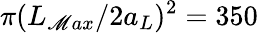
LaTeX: \pi(L_{\mathscr{M}ax}/2a_{L})^{2}=350